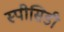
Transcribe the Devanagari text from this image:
स्पीसिडी